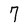
Character: 7